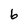
Character: 6